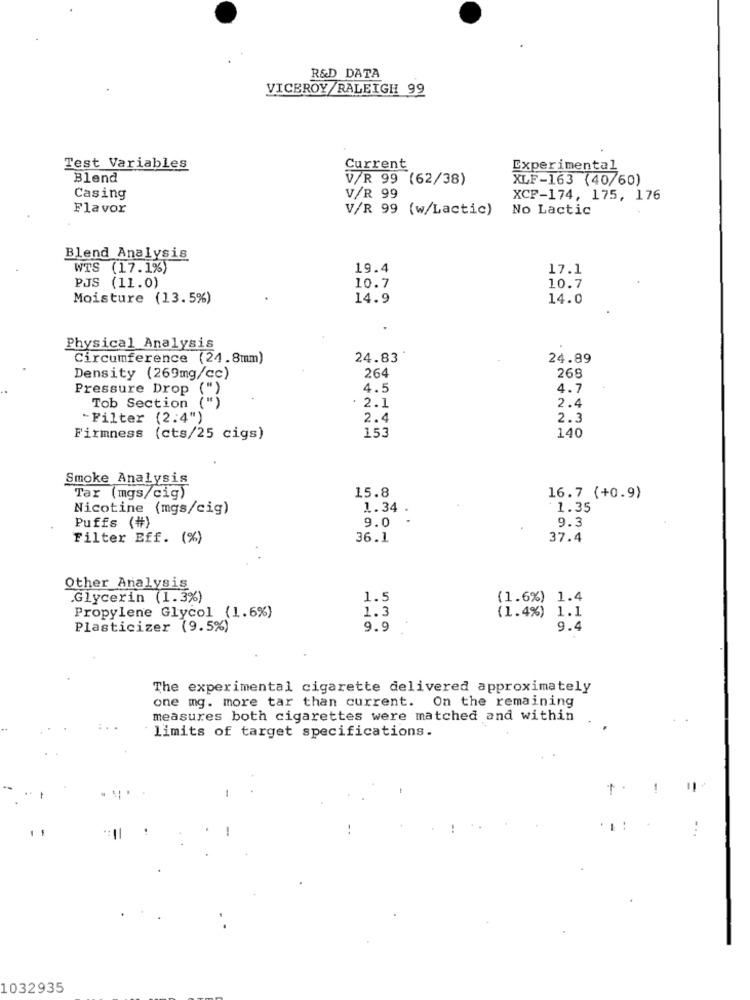
R&D DATA
VICEROY/RALEIGH 99
Test Variables
Current
Experimental
Blend
V/R 99 (62/38)
XLF-163 (40/60)
Casing
V/R 99
XCP-174, 175, 176
Flavor
V/R 99 (w/Lactic)
No Lactic
Blend Analysis
WTS (17.1%)
19.4
17.1
PJS (11.0)
10.7
10.7
Moisture (13.5%)
14.9
14.0
Physical Analysis
Circumference (24.8mm)
24.83
24.89
269
Density (269mg/cc)
264
Pressure Drop
(")
4.5
4.7
Tob Section
. 2.1
2.4
- Filter (2.4")
2.4
2.3
Firmness (cts/25 cigs)
153
140
Smoke Analysis
Tar (mgs/cig)
15.8
16.7 (+0.9)
Nicotine (mgs/cig)
1.34 .
1.35
9.0
9.3
Puffs (#)
Filter Bff. (%)
36.1
37.4
Other Analysis
Glycerin (1.3%)
1.5
(1.6%) 1.4
1.3
Propylene Glycol (1.6%)
(1.4%) 1.1
Plasticizer (9.5%)
9.9
9.4
The experimental cigarette delivered approximately
one mg. more tar than current. On the remaining
measures both cigarettes were matched and within
limits of target specifications.
1032935